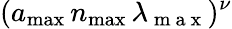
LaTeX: (a_{\mathrm{max}}\, n_{\mathrm{max}}\, \lambda_{\mathrm{~m~a~x~}})^{\nu}